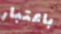
باعتبار